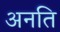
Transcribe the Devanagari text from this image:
अनति